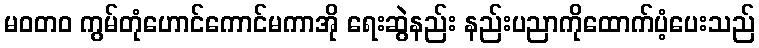
မဝတ၀ ကွမ်တုံဟောင်ကောင်မကာအို ရေးဆွဲနည်း နည်းပညာကိုထောက်ပံ့ပေးသည်